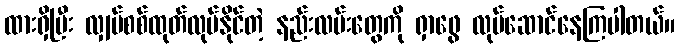
ထားရှိပြီး လျှပ်စစ်ထုတ်လုပ်နိုင်တဲ့ နည်းလမ်းတွေကို ရှာဖွေ လုပ်ဆောင်နေကြပါတယ်။